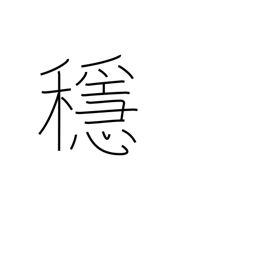
Meaning: calm